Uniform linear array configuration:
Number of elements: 48
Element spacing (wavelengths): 0.25
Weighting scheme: binomial
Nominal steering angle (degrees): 45
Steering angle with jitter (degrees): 45.196
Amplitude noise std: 0.05
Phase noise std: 0.05

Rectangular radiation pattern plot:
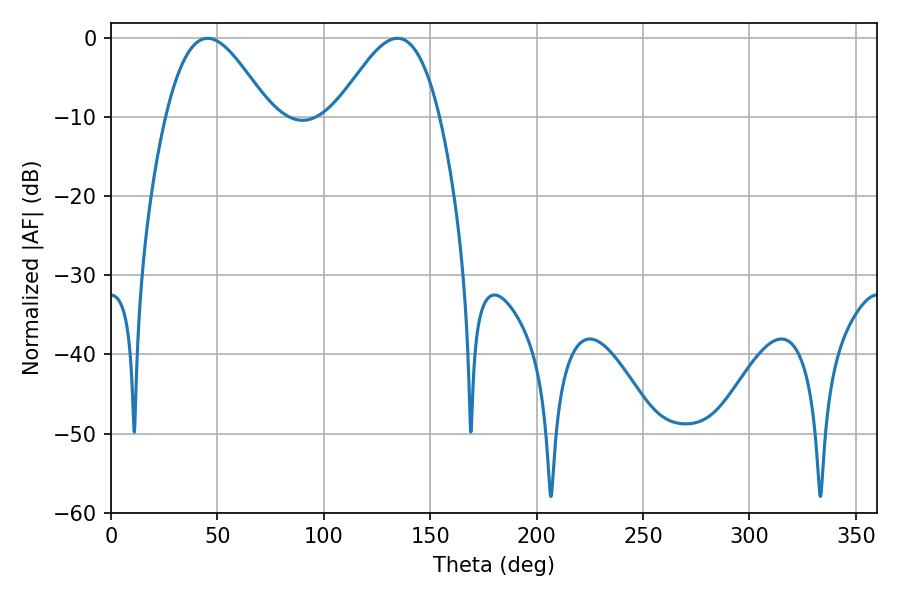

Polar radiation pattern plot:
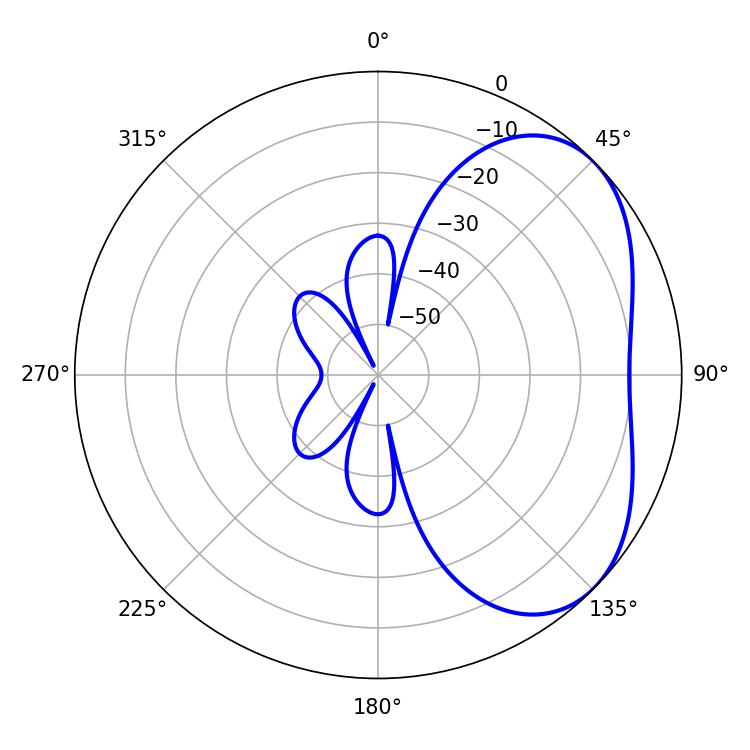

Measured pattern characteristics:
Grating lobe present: FALSE
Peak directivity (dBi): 4.126
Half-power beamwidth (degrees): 26.1
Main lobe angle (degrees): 45.36